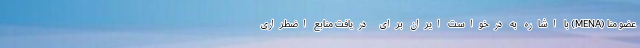
عضو منا (MENA) با اشاره به درخواست ایران برای دریافت منابع اضطراری